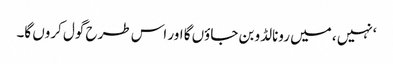
‘نہیں ، میں رونالڈو بن جاؤں گا اور اس طرح گول کروں گا۔